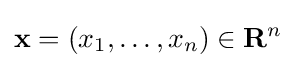
\mathbf {x} =(x_{1},\dots ,x_{n})\in \mathbf {R} ^{n}